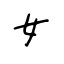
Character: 女